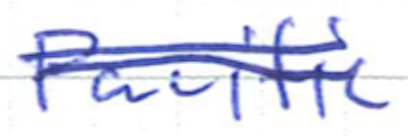
Text: Pacific
Cross-out: double-line
Writing tool: ballpoint